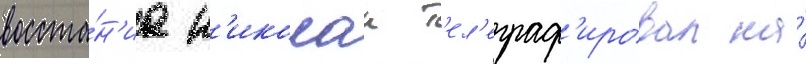
восста́н'иа н'иколаи т'ел'еграф'ировал на́